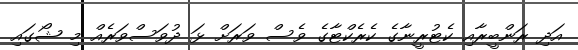
އަދި ރަންބީރާއި ކެޓުރީނާގެ ކެރެކްޓާގެ ވެސް ވަރަށް ޅަ ދުވަސްވަރެއް މި ޝޯގައި